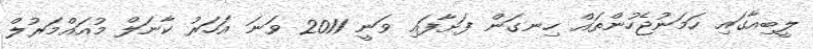
ލީބިއާގައި ހަމަނުޖެހުންތައް ހިނގަން ފަށާފައި ވަނީ 2011 ވަނަ އަހަރު ކާނަލް މުއައްމަރުލް